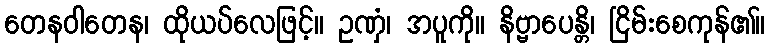
တေနဝါတေန၊ ထိုယပ်လေဖြင့်။ ဥဏှံ၊ အပူကို။ နိဗ္ဗာပေန္တိ၊ ငြိမ်းစေကုန်၏။